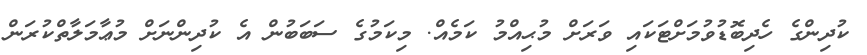
ކުދިންގެ ހެދިބޮޑުވުމަށްޓަކައި ވަރަށް މުޙިއްމު ކަމެއް. މިކަމުގެ ސަބަބުން އެ ކުދިންނަށް މުޢާމަލާތްކުރަން